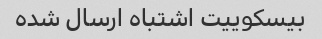
بیسکوییت اشتباه ارسال شده